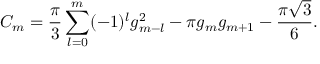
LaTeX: C _ { m } = { \frac { \pi } { 3 } } \sum _ { l = 0 } ^ { m } ( - 1 ) ^ { l } g _ { m - l } ^ { 2 } - \pi g _ { m } g _ { m + 1 } - { \frac { \pi { \sqrt 3 } } { 6 } } .